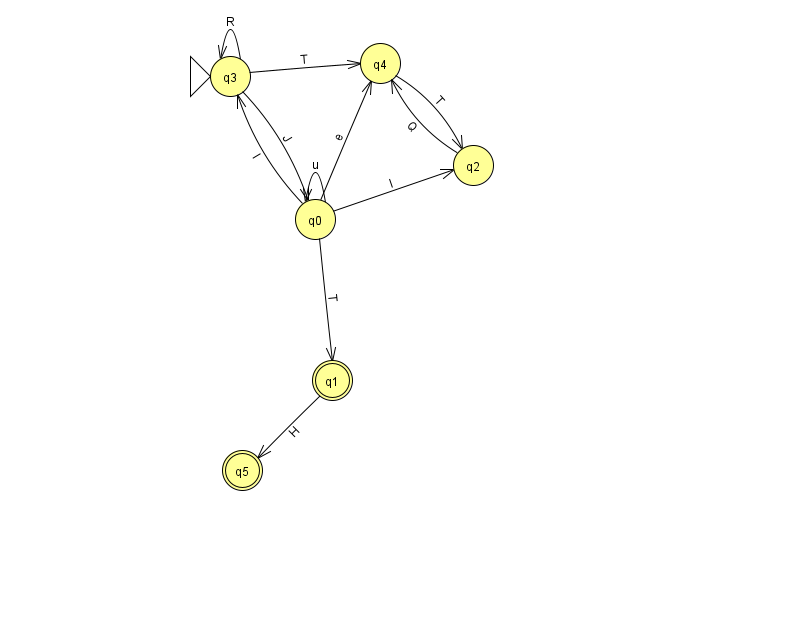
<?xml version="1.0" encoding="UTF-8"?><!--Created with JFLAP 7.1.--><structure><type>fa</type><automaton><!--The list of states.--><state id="0" name="q0"><x>315.0</x><y>206.0</y></state><state id="1" name="q1"><x>332.0</x><y>367.0</y><final/></state><state id="2" name="q2"><x>473.0</x><y>152.0</y></state><state id="3" name="q3"><x>230.0</x><y>63.0</y><initial/></state><state id="4" name="q4"><x>380.0</x><y>50.0</y></state><state id="5" name="q5"><x>242.0</x><y>457.0</y><final/></state><!--The list of transitions.--><transition><from>0</from><to>2</to><read>l</read></transition><transition><from>3</from><to>3</to><read>R</read></transition><transition><from>2</from><to>4</to><read>Q</read></transition><transition><from>0</from><to>0</to><read>u</read></transition><transition><from>4</from><to>2</to><read>T</read></transition><transition><from>1</from><to>5</to><read>H</read></transition><transition><from>0</from><to>3</to><read>I</read></transition><transition><from>0</from><to>1</to><read>T</read></transition><transition><from>0</from><to>4</to><read>e</read></transition><transition><from>3</from><to>0</to><read>J</read></transition><transition><from>3</from><to>4</to><read>T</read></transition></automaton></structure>